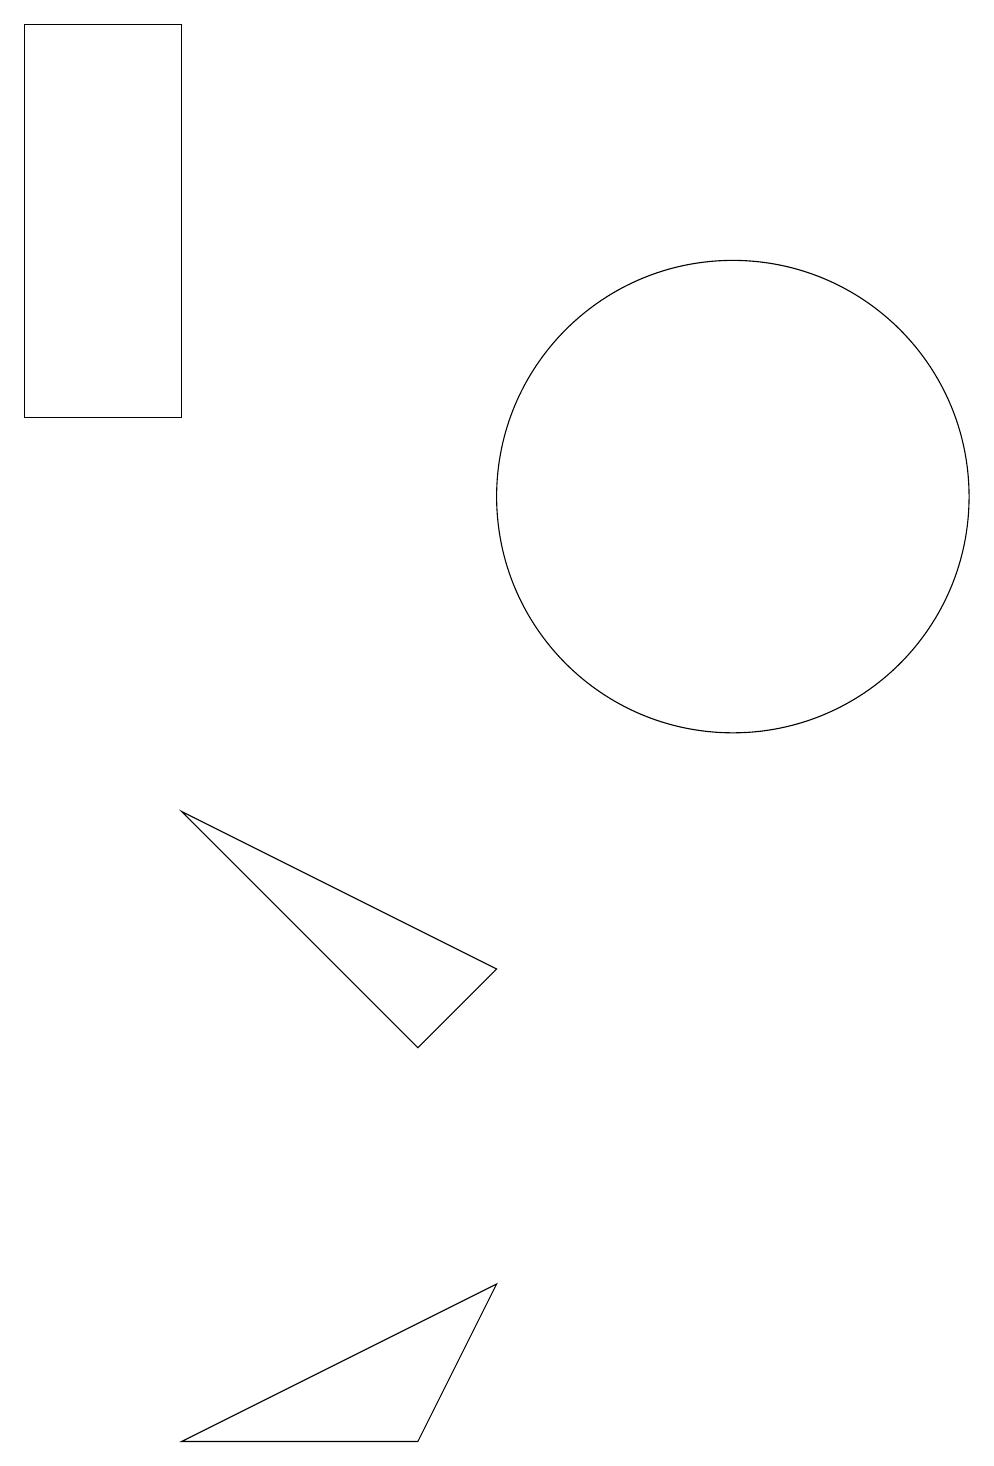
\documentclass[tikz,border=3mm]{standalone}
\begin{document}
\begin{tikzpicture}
\draw (11,12) circle (3);
\draw (10,11) circle (0);
\draw (7,5) -- (8,6) -- (4,8) -- cycle;
\draw (7,0) -- (4,0) -- (8,2) -- cycle;
\draw (4,13) rectangle (2,18);
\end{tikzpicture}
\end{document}